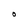
Character: O